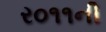
ર૦૧૧ની